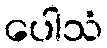
ပေါသံ